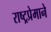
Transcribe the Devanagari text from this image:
राष्ट्रप्रेमाने